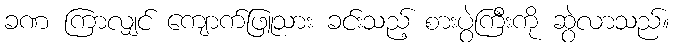
ခဏ ကြာလျှင် ကျောက်ဖြူသား ခင်းသည့် စားပွဲကြီးကို ဆွဲလာသည်။